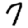
Digit: 7